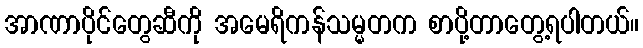
အာဏာပိုင်တွေဆီကို အမေရိကန်သမ္မတက စာပို့တာတွေ့ရပါတယ်။